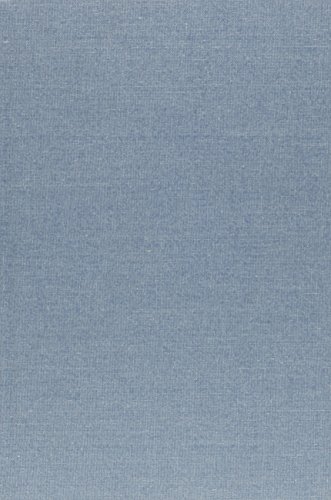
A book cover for Music, Sound, and Technology in America: A Documentary History of Early Phonograph, Cinema, and Radio; Humor & Entertainment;